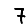
Digit: 7